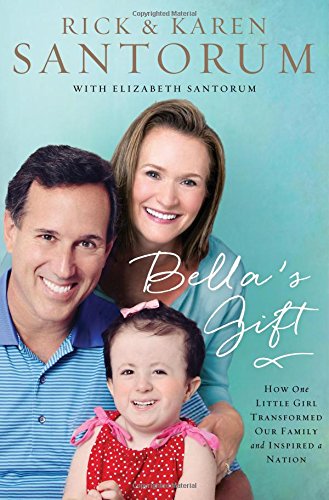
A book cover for Bella's Gift: How One Little Girl Transformed Our Family and Inspired a Nation; Rick Santorum; Biographies & Memoirs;